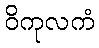
ဝိကုလကံ